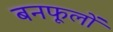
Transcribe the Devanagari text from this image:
बनफूलों